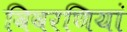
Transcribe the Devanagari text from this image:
विवरणियां